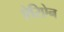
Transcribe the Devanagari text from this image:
ऐरिऐन